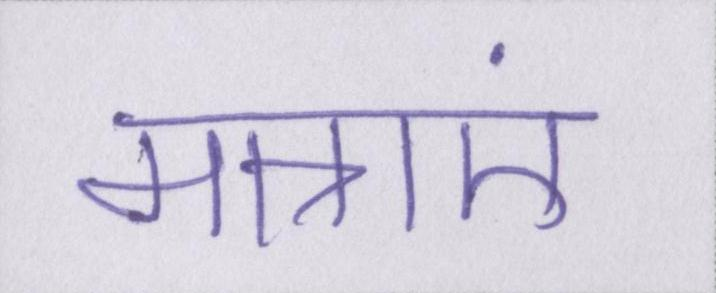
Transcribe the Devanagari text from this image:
मात्राएं